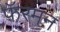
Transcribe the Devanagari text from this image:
फॅरमन